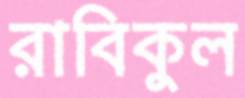
রাবিকুল